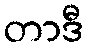
တာဒီ